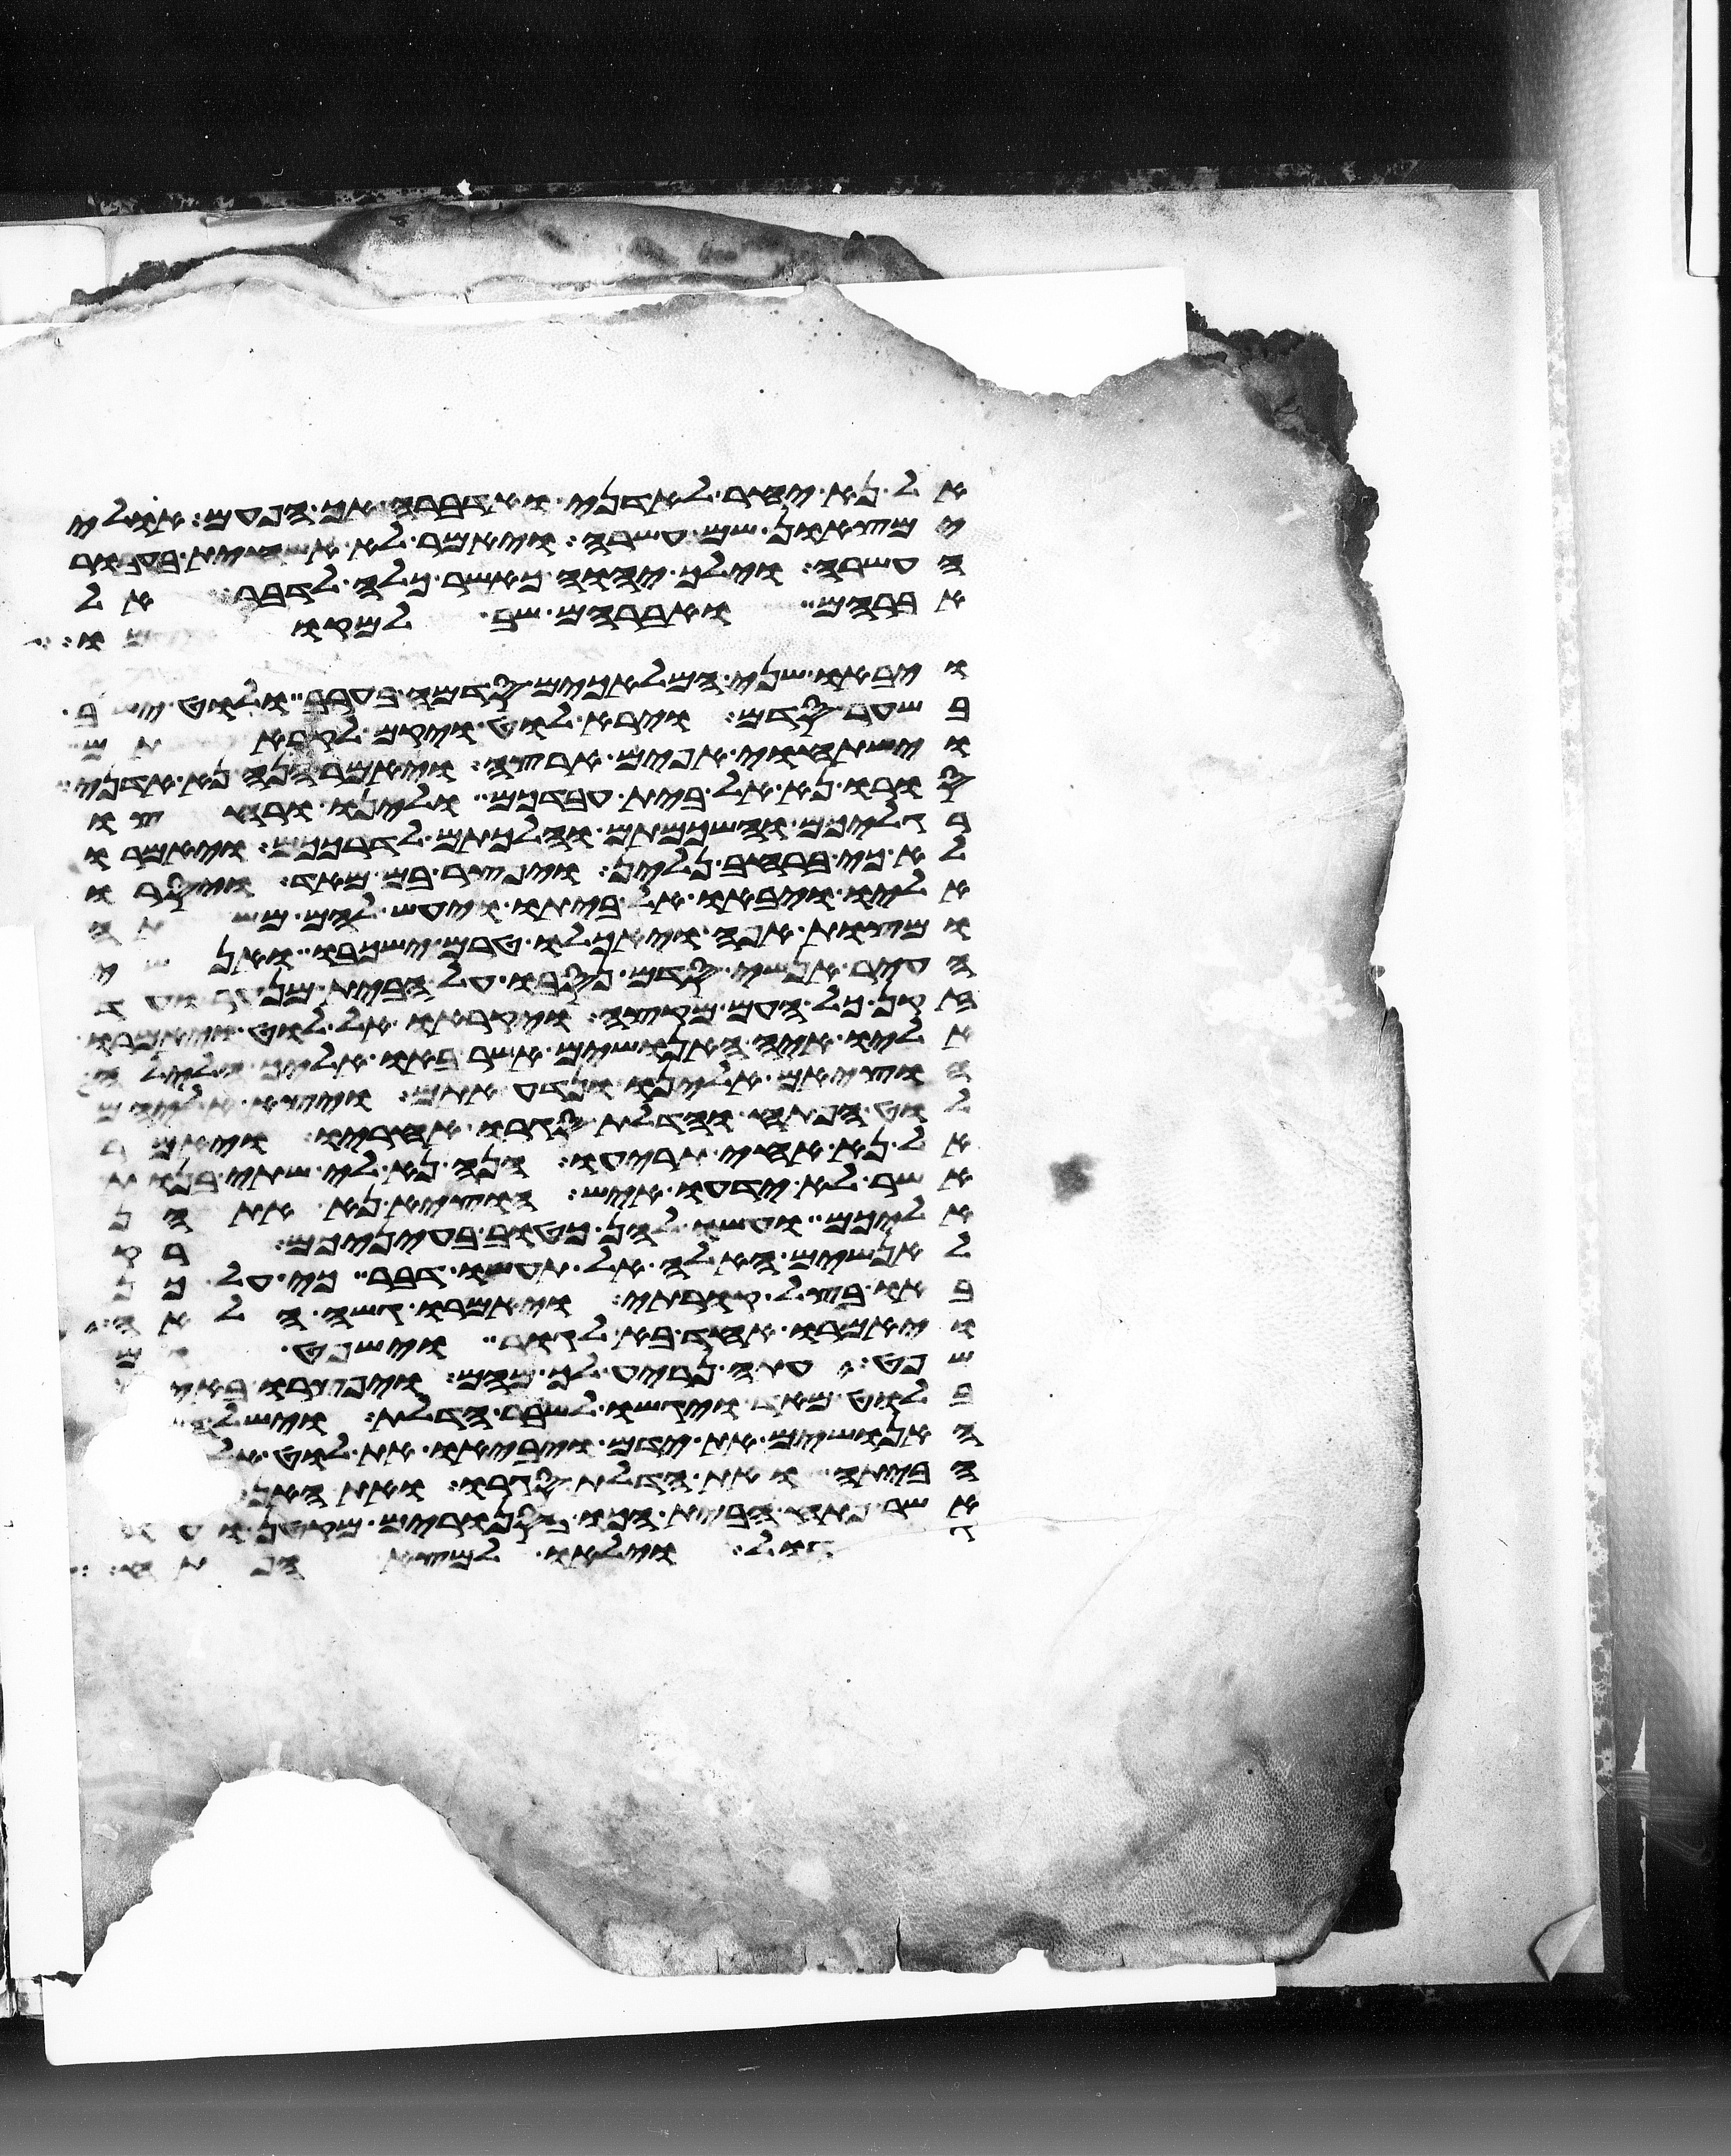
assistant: אל נא יחר לאדני ואדברה אך הפעם אולי
ימצאון שם עשרה ויאמר לא אשחית בעבור
העשרה וילך יהוה כאשר כלה לדבר אל
אברהם ואברהם שב למקומו
ויבאו שני המלאכים סדמה בערב ולוט ישב
בשער סדם וירא לוט ויקם לקראתם
וישתחוי אפים ארצה ויאמר הנה נא אדני
סורו נא אל בית עבדכם ולינו ורחצו
רגליכם והשכמתם והלכתם לדרככם ויאמרו
לא כי ברחב נלין ויפצר בם מאד ויסרו
אליו ויבאו אל ביתו ויעש להם משתה
ומצות אפה ויאכלו טרם ישכבו אנשי
העיר אנשי סדם נסבו על הבית מנער ועד
זקן כל העם מקצה ויקראו אל לוט ויאמרו
אליו איה האנושים אשר באו אליך הלילה
הוציאם אלינו ונדע אתם ויצא אליהם
לוט הפתח והדלת סגרו אחריו ויאמר
אל נא אחי תריעו הנה נא לי שתי בנות
אשר לא ידעו איש הוציא נא אתהן
אליכם ועשו להן כטוב בעיניכם רק
לאנשים האלה אל תעשו דבר כי על כן
באו בצל קורתי ויאמרו גשה הלאה
ויאמרו אחד בא לגור וישפט גם
שפט עתה נריע לך מהם ויפצרו באיש
בלוט מאד ויגשו לשבר הדלת וישלחו
האנושים את ידם ויביאו את לוט אליהם
הביתה ואת הדלת סגרו ואת
אשר פתח הבית הכו בסנורים מקטן ועד
גדול וילאו למצא הפתח